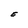
Character: E